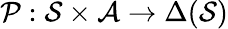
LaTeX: \mathcal{P}:\mathcal{S}\times\mathcal{A}\rightarrow\Delta(\mathcal{S})